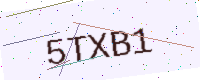
Text: 5TXB1